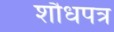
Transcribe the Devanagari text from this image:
शौधपत्र